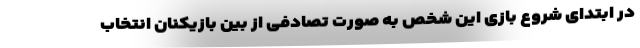
در ابتدای شروع بازی این شخص به صورت تصادفی از بین بازیکنان انتخاب